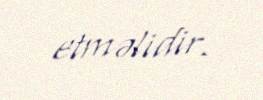
etməlidir.